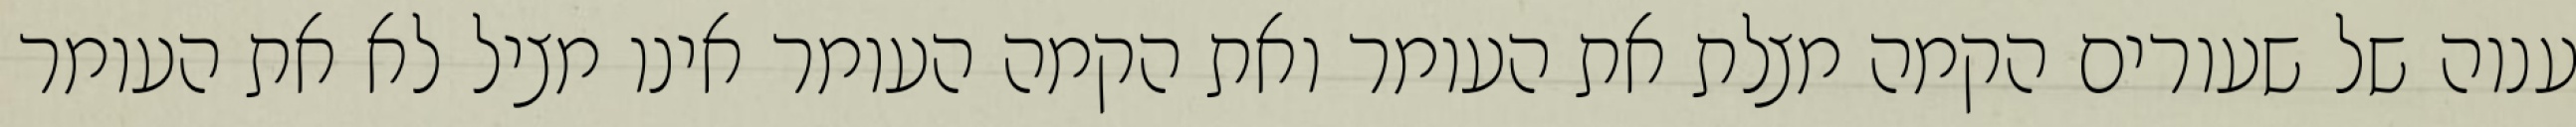
ענוה של שעורים הקמה מצלת את העומר ואת הקמה העומר אינו מציל לא את העומר